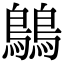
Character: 𪅝